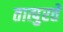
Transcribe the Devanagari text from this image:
तात्पुरतेे